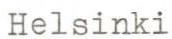
Helsinki